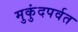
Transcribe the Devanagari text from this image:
मुकुंदपर्वत